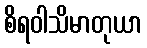
စိရဝါသိမာတုယာ